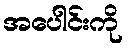
အပေါင်းကို